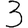
Digit: 3